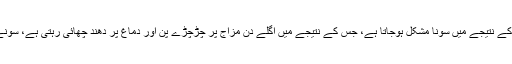
سیگریٹ میں موجود نکوٹین دماغ کو متحرک کرتا ہے اور اس کے نتیجے میں سونا مشکل ہوجاتا ہے، جس کے نتیجے میں اگلے دن مزاج پر چڑچڑے پن اور دماغ پر دھند چھائی رہتی ہے، سونے سے کم از کم 2 گھنٹے پہلے سیگریٹ پینے سے گریز کریں۔